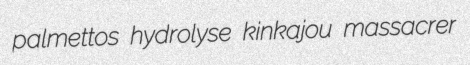
palmettos hydrolyse kinkajou massacrer